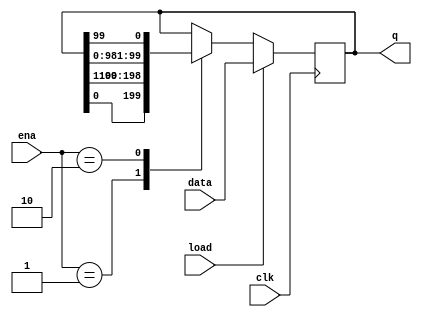
/*
Build a 100-bit left/right rotator, with synchronous load and
left/right enable. A rotator shifts-in the shifted-out bit from
the other end of the register, unlike a shifter that discards
the shifted-out bit and shifts in a zero. If enabled, a rotator
rotates the bits around and does not modify/discard them.

- load: Loads shift register with data[99:0] instead of rotating.
- ena[1:0]: Chooses whether and which direction to rotate.
    - 2'b01 rotates right by one bit
    - 2'b10 rotates left by one bit
    - 2'b00 and 2'b11 do not rotate.
q: The contents of the rotator.
*/

module top_module(
    input clk,
    input load,
    input [1:0] ena,
    input [99:0] data,
    output reg [99:0] q); 
    
    always @ (posedge clk) begin
        if (load) q <= data;
        else begin
            case (ena)
                2'b01: q <= {q[0], q[99:1]};
                2'b10: q <= {q[98:0], q[99]};
                default: q <= q;
            endcase
        end
    end

endmodule